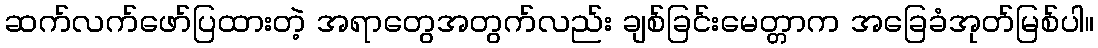
ဆက်လက်ဖော်ပြထားတဲ့ အရာတွေအတွက်လည်း ချစ်ခြင်းမေတ္တာက အခြေခံအုတ်မြစ်ပါ။